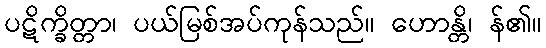
ပဋိက္ခိတ္တာ၊ ပယ်မြစ်အပ်ကုန်သည်။ ဟောန္တိ၊ န်၏။